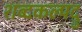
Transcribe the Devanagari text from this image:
शब्दकल्पद्रु